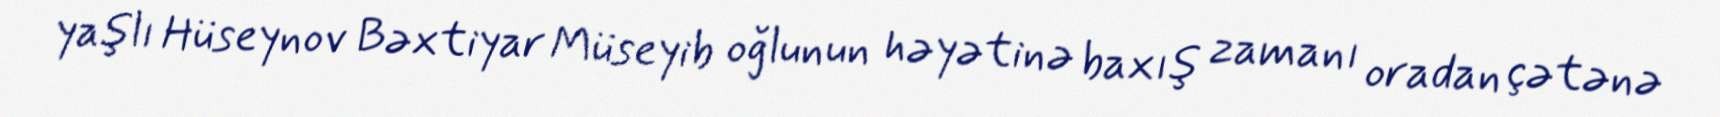
yaşlı Hüseynov Bəxtiyar Müseyib oğlunun həyətinə baxış zamanı oradan çətənə